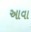
આવા